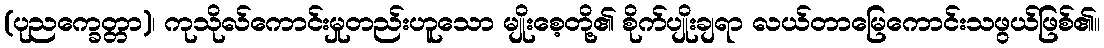
(ပုညက္ခေတ္တာ)၊ ကုသိုလ်ကောင်းမှုတည်းဟူသော မျိုးစေ့တို့၏ စိုက်ပျိုးချရာ လယ်တာမြေကောင်းသဖွယ်ဖြစ်၏။